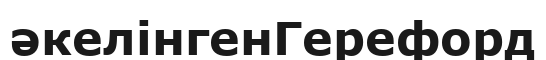
әкелінгенГерефорд